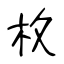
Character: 枚